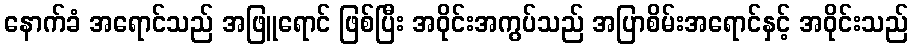
နောက်ခံ အရောင်သည် အဖြူရောင် ဖြစ်ပြီး အဝိုင်းအကွပ်သည် အပြာစိမ်းအရောင်နှင့် အဝိုင်းသည်